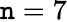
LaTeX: \mathtt{n}=7